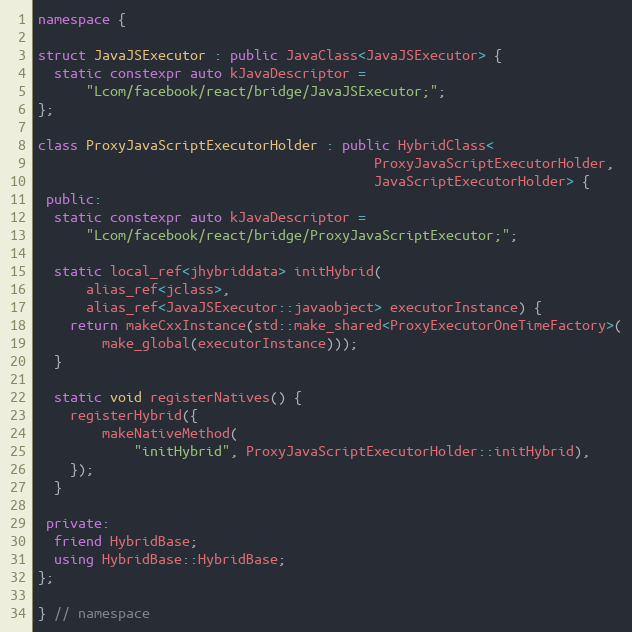
Language: C++
namespace {

struct JavaJSExecutor : public JavaClass<JavaJSExecutor> {
  static constexpr auto kJavaDescriptor =
      "Lcom/facebook/react/bridge/JavaJSExecutor;";
};

class ProxyJavaScriptExecutorHolder : public HybridClass<
                                          ProxyJavaScriptExecutorHolder,
                                          JavaScriptExecutorHolder> {
 public:
  static constexpr auto kJavaDescriptor =
      "Lcom/facebook/react/bridge/ProxyJavaScriptExecutor;";

  static local_ref<jhybriddata> initHybrid(
      alias_ref<jclass>,
      alias_ref<JavaJSExecutor::javaobject> executorInstance) {
    return makeCxxInstance(std::make_shared<ProxyExecutorOneTimeFactory>(
        make_global(executorInstance)));
  }

  static void registerNatives() {
    registerHybrid({
        makeNativeMethod(
            "initHybrid", ProxyJavaScriptExecutorHolder::initHybrid),
    });
  }

 private:
  friend HybridBase;
  using HybridBase::HybridBase;
};

} // namespace